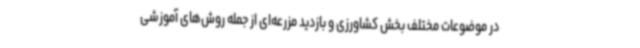
در موضوعات مختلف بخش کشاورزی و بازدید مزرعه‌ای از جمله روش‌های آموزشی